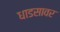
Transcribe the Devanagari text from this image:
धाडसावर